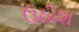
ઉઠીશ